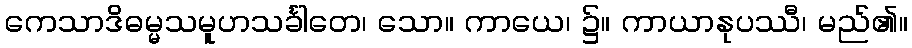
ကေသာဒိဓမ္မသမူဟသင်္ခါတေ၊ သော။ ကာယေ၊ ၌။ ကာယာနုပဿီ၊ မည်၏။